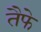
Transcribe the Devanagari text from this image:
तैफे